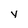
Character: y